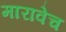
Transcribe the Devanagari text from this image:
मारावेच